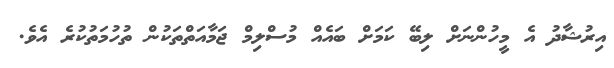
އިރުޝާދު އެ މީހުންނަށް ލިބޭ ކަމަށް ބައެއް މުސްލިމް ޖަމާއަތްތަކުން ތުހުމަތުކުރެ އެވެ.